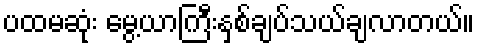
ပထမဆုံး မွေ့ယာကြီးနှစ်ချပ်သယ်ချလာတယ်။